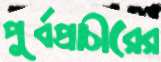
পূর্বপ্রাচীরের